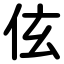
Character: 伭